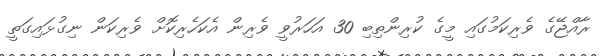
ރާއްޖޭގެ ވެރިކަމުގައި މީގެ ކުރިންތިބި 30 އަހަރުވީ ވެރިން އެކަހެރިކޮށް ވެރިކަން ނިގުޅައިގަތީ